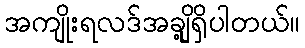
အကျိုးရလဒ်အချို့ရှိပါတယ်။